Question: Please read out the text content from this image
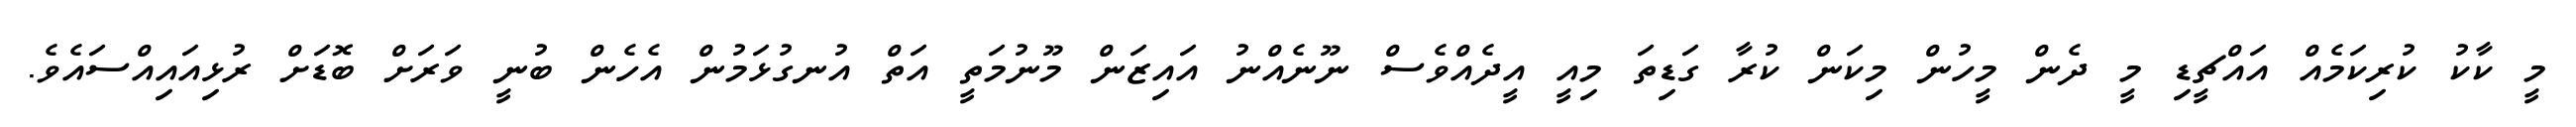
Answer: މީ ކާކު ކުރިކަމެއް އައްޗީޑި މީ ދެން މީހުން މިކަން ކުރާ ގަޑިތަ މިއީ އީދެއްވެސް ނޫނެއްނު އައިޒަން މޫނުމަތީ އަތް އުނގުޅަމުން އެހެން ބުނީ ވަރަށް ބޮޑަށް ރުޅިއައިއްސައެވެ.